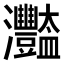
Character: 𤅿